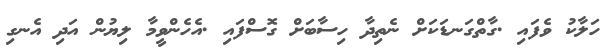
ހަލާކު ވެފައި .ގާތްގަނޑަކަށް ނެތިދާ ހިސާބަށް ގޮސްފައި .އެހެންވީމާ ލިޔުން އަދި އެނގި